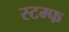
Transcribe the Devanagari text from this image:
स्टम्फ